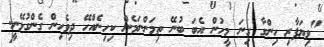
"ވިޔަފާރި ހިންގާ ގިނަ މީހުން އެބަ ބުނޭ ތިމަންނަމެން ކިހިނެއްހޭ ދިވެހިން ގެންގުޅޭނީ.